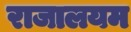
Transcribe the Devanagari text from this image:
राजालयम